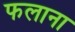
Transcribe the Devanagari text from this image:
फलाना